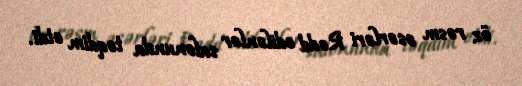
öz rəsm əsərləri Rədd edilənlər salonunda təqdim etdi.